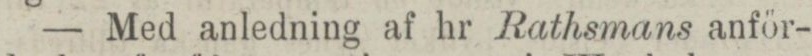
— Med anledning af hr Rathsmans anför-